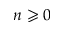
n \geqslant 0